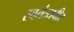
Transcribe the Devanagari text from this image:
स्वतंत्र्यवीर